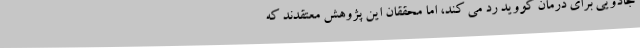
جادویی برای درمان کووید رد می کند، اما محققان این پژوهش معتقدند که